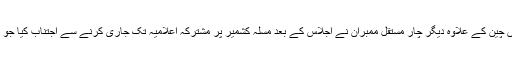
کشمیر پر سیکورٹی کونسل کی حالیہ غیر رسمی اجلاس میں چین کے علاوہ دیگر چار مستقل ممبران نے اجلاس کے بعد مسلہ کشمیر پر مشترکہ اعلامیہ تک جاری کرنے سے اجتناب کیا جو کہ باعث تشویش اور سفارتی ناکامی کا منہ بولتا ثبوت ہے۔